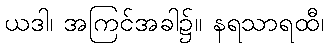
ယဒါ၊ အကြင်အခါ၌။ နရသာရထီ၊